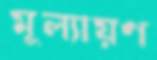
মূল্যায়ণ